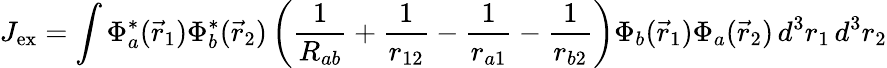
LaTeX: J_{\mathrm{{ex}}}=\int\Phi_{a}^{*}({\vec{r}}_{1})\Phi_{b}^{*}({\vec{r}}_{2})\left({\frac{1}{R_{ab}}}+{\frac{1}{r_{12}}}-{\frac{1}{r_{a1}}}-{\frac{1}{r_{b2}}}\right)\Phi_{b}({\vec{r}}_{1})\Phi_{a}({\vec{r}}_{2})\, d^{3}r_{1}\, d^{3}r_{2}